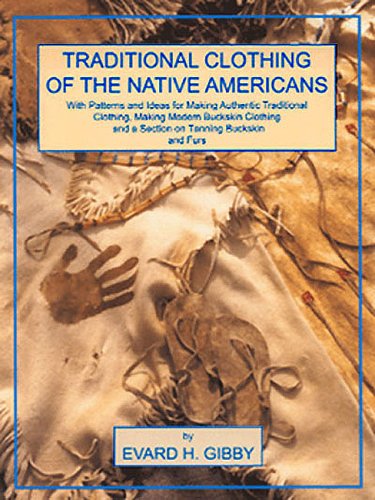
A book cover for Traditional Clothing of the Native Americans: With Patterns and Ideas for Making Authentic Traditional Clothing, Making Modern Buckskin Clothing and a Section on Tanning Buckskins and Furs; Evard H. Gibby; Crafts, Hobbies & Home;